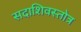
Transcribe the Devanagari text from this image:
सदाशिवस्तोत्र